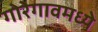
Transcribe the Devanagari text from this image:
गोरेगावमध्ये